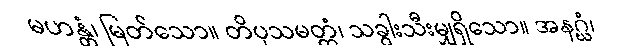
မဟန္တံ၊ မြတ်သော။ တိပုသမတ္တံ၊ သခွါးသီးမျှရှိသော။ အနဂ္ဃံ၊